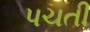
પચતી